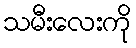
သမီးလေးကို